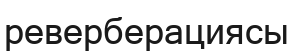
реверберациясы